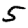
Digit: 5